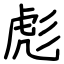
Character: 彪